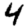
Digit: 4